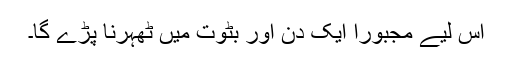
اس لیے مجبوراً ایک دن اور بٹوت میں ٹھہرنا پڑے گا۔